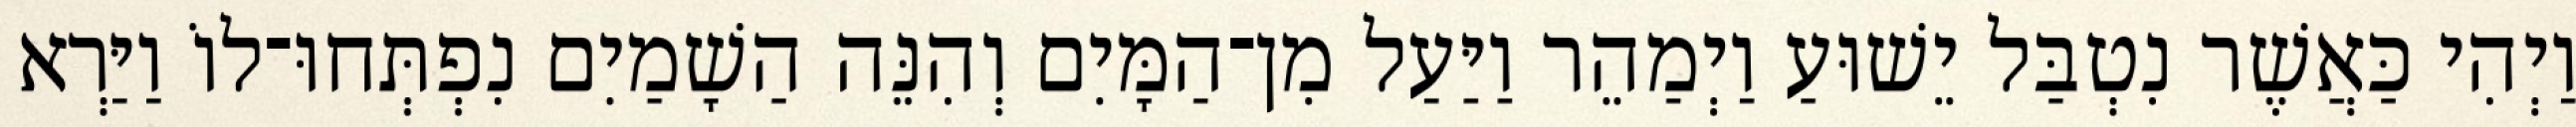
וַיְהִי כַּאֲשֶׁר נִטְבַּל יֵשׁוּעַ וַיְמַהֵר וַיַּעַל מִן־הַמָּיִם וְהִנֵּה הַשָׁמַיִם נִפְתְּחוּ־לוֹ וַיַּרְא